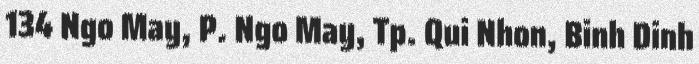
134 Ngo May, P. Ngo May, Tp. Qui Nhon, Binh Dinh